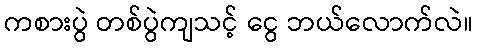
ကစားပွဲ တစ်ပွဲကျသင့် ငွေ ဘယ်လောက်လဲ။